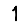
Digit: 1